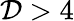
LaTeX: \mathcal{D}>4